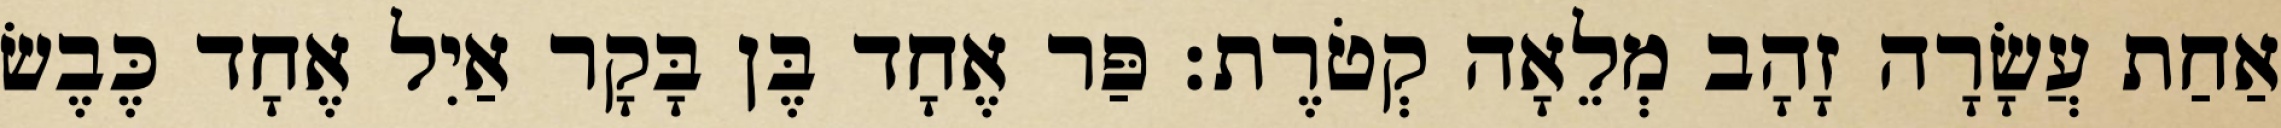
אַחַת עֲשָׂרָה זָהָב מְלֵאָה קְטֹרֶת׃ פַּר אֶחָד בֶּן בָּקָר אַיִל אֶחָד כֶּבֶשׂ